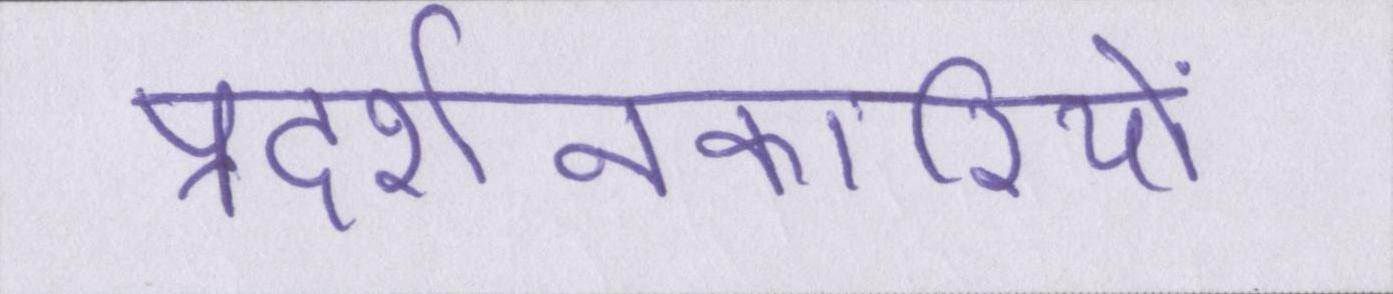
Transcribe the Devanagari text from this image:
प्रदर्शनकारियों